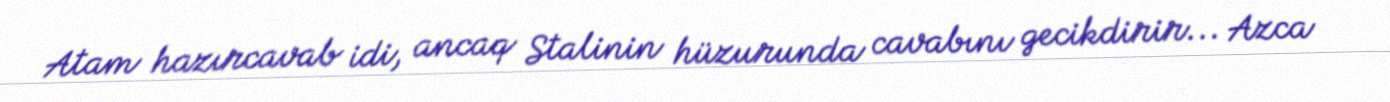
Atam hazırcavab idi, ancaq Stalinin hüzurunda cavabını gecikdirir... Azca